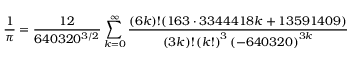
{ \frac { 1 } { \pi } } = { \frac { 1 2 } { 6 4 0 3 2 0 ^ { 3 / 2 } } } \sum _ { k = 0 } ^ { \infty } { \frac { ( 6 k ) ! ( 1 6 3 \cdot 3 3 4 4 4 1 8 k + 1 3 5 9 1 4 0 9 ) } { ( 3 k ) ! \left( k ! \right) ^ { 3 } \left( - 6 4 0 3 2 0 \right) ^ { 3 k } } }